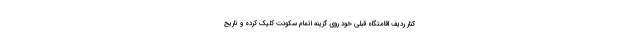
کنار ردیف اقامتگاه قبلی خود روی گزینه اتمام سکونت کلیک کرده و تاریخ